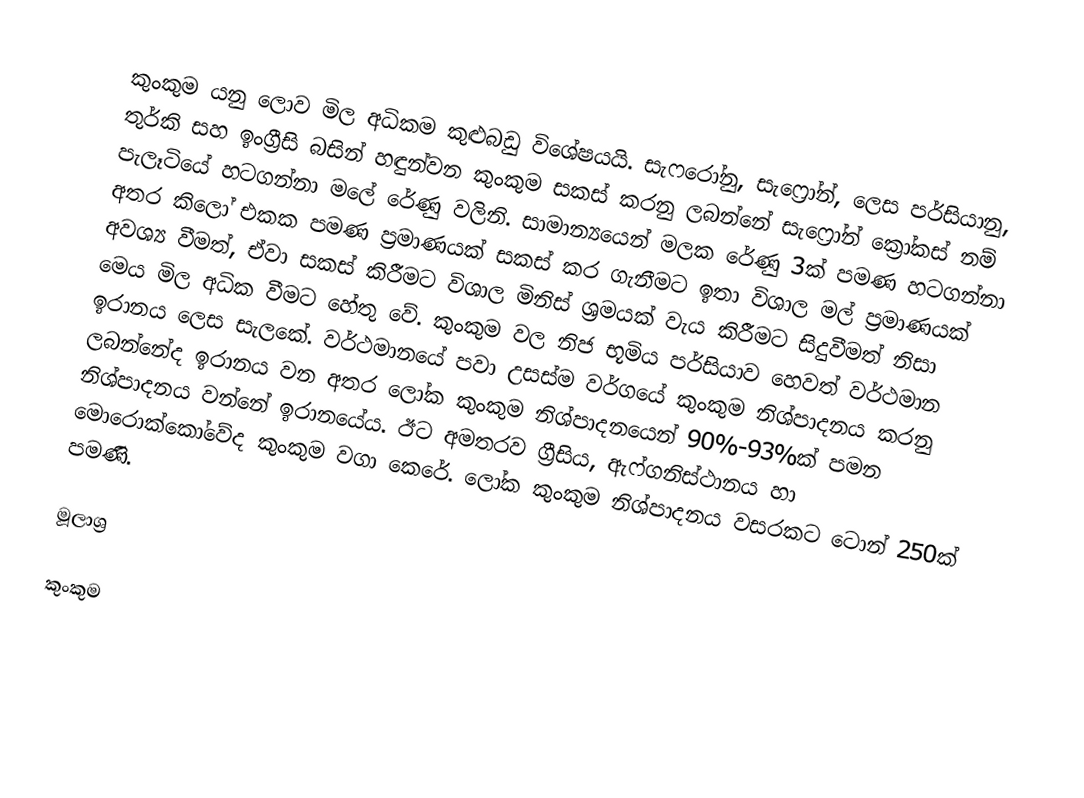
කුංකුම යනු ලොව මිල අධිකම කුළුබඩු විශේෂයයි. සැෆරෝනු, සැෆ්‍රෝන්,  ලෙස පර්සියානු, තුර්කි සහ ඉංග්‍රීසි බසින් හඳුන්වන කුංකුම සකස් කරනු ලබන්නේ සැෆ්‍රෝන් ක්‍රෝකස් නම් පැලෑටියේ හටගන්නා මලේ රේණු වලිනි. සාමාන්‍යයෙන් මලක රේණු 3ක් පමණ හටගන්නා අතර කිලෝ එකක පමණ ප්‍රමාණයක් සකස් කර ගැනීමට ඉතා විශාල මල් ප්‍රමාණයක් අවශ්‍ය වීමත්, ඒවා සකස් කිරීමට විශාල මිනිස් ශ්‍රමයක් වැය කිරීමට සිදුවීමත් නිසා මෙය මිල අධික වීමට හේතු වේ. කුංකුම වල නිජ භූමිය පර්සියාව හෙවත් වර්ථමාන ඉරානය ලෙස සැලකේ. වර්ථමානයේ පවා උසස්ම වර්ගයේ කුංකුම නිශ්පාදනය කරනු ලබන්නේද ඉරානය වන අතර ලෝක කුංකුම නිශ්පාදනයෙන් 90%-93%ක් පමන නිශ්පාදනය වන්නේ ඉරානයේය. ඊට අමතරව ග්‍රීසිය, ඇෆ්ගනිස්ථානය හා මොරොක්කෝවේද කුංකුම වගා කෙරේ. ලෝක කුංකුම නිශ්පාදනය වසරකට ටොන් 250ක් පමණි.

මූලාශ්‍ර

කුංකුම